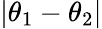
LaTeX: |\theta_{1}-\theta_{2}|